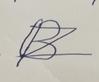
Signature authenticity: forged